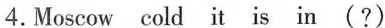
4.Moscow cold it is in (?)